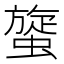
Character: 䗠